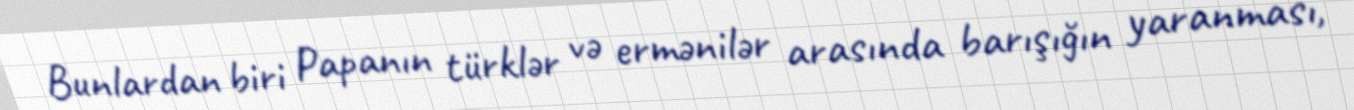
Bunlardan biri Papanın türklər və ermənilər arasında barışığın yaranması,